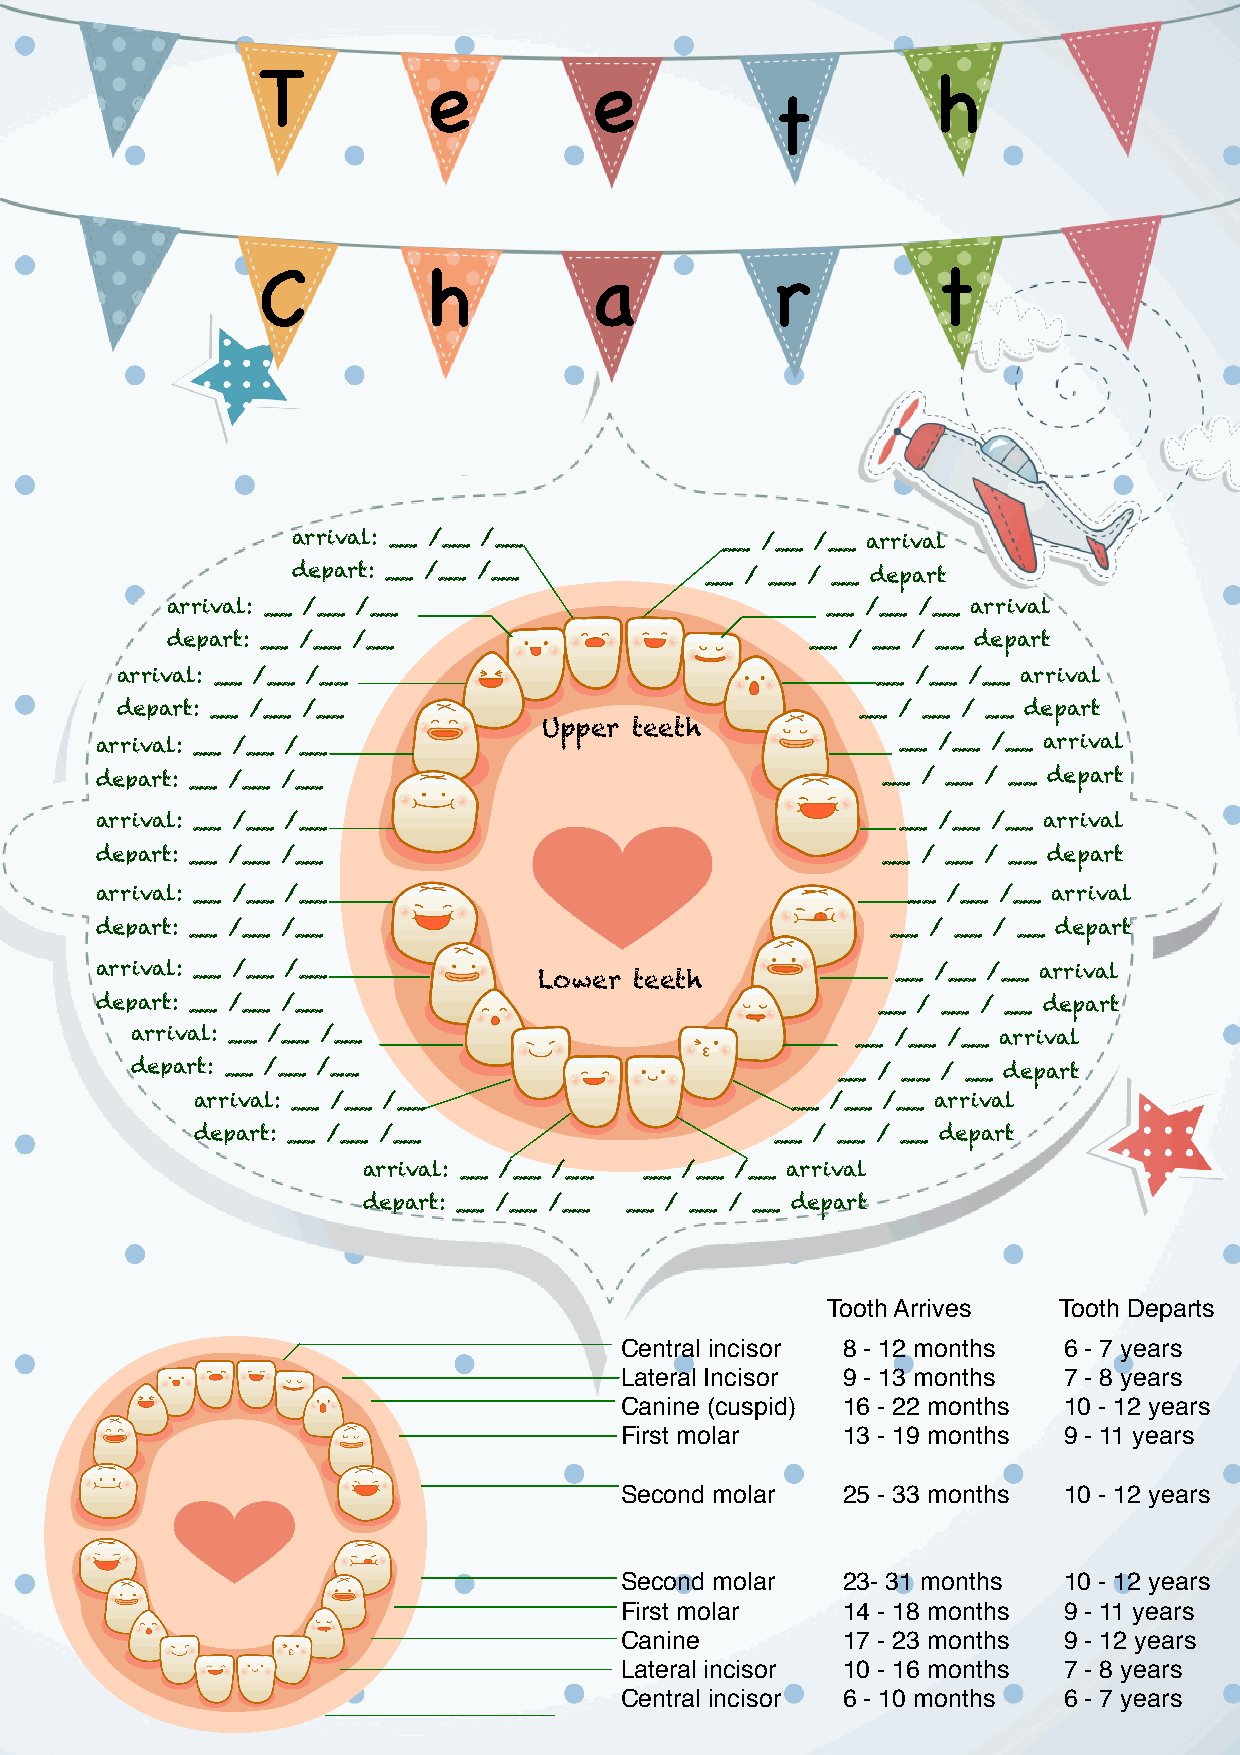
T          e          e                      h
 t
 C          h          a           r          t
 arrival: __ /__ /__          __ /__ /__ arrival
 depart: __ /__ /__          __ / __ / __ depart
 arrival: __ /__ /__                         __ /__ /__ arrival
 depart: __ /__ /__                         __ / __ / __ depart
 arrival: __ /__ /__                               __ /__ /__ arrival
 depart: __ /__ /__                               __ / __ / __ depart
 Upper teeth
 arrival: __ /__ /__                                   __ /__ /__ arrival
 depart: __ /__ /__                                  __ / __ / __ depart
 arrival: __ /__ /__                                   __ /__ /__ arrival
 depart: __ /__ /__                                  __ / __ / __ depart
 arrival: __ /__ /__                                   __ /__ /__ arrival
 depart: __ /__ /__                                   __ / __ / __ depart
 arrival: __ /__ /__                                  __ /__ /__ arrival
 Lower teeth
 depart: __ /__ /__                                  __ / __ / __ depart
 arrival: __ /__ /__                             __ /__ /__ arrival
 depart: __ /__ /__                            __ / __ / __ depart
 arrival: __ /__ /__                    __ /__ /__ arrival
 depart: __ /__ /__                    __ / __ / __ depart
 arrival: __ /__ /__ __ /__ /__ arrival
 depart: __ /__ /__ __ / __ / __ depart
 Tooth Arrives  Tooth Departs
 Central incisor! 8 - 12 months! 6 - 7 years
 Lateral Incisor! 9 - 13 months! 7 - 8 years
 Canine (cuspid)! 16 - 22 months! 10 - 12 years
 First molar! ! 13 - 19 months! 9 - 11 years
 Second molar!  25 - 33 months! 10 - 12 years
 Second molar!  23- 31 months! 10 - 12 years
 First molar! ! 14 - 18 months! 9 - 11 years
 Canine!   !    17 - 23 months! 9 - 12 years
 Lateral incisor! 10 - 16 months! 7 - 8 years
 Central incisor! 6 - 10 months! 6 - 7 years